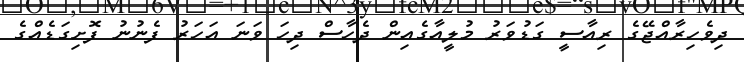
ދިވެހިރާއްޖޭގެ ރިއާސީ ގަޑުވަރު މުލީއާގެއިން ދެހާސް ދިހަ ވަނަ އަހަރު ފެނުނު ފޮށިގަޑެއްގެ